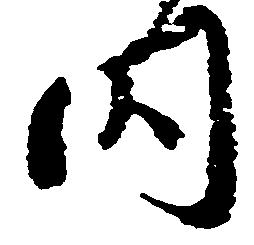
内